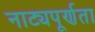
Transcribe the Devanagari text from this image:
नाट्यपूर्णता